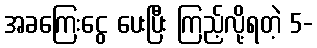
အခကြေးငွေ ပေးပြီး ကြည့်လို့ရတဲ့ 5-